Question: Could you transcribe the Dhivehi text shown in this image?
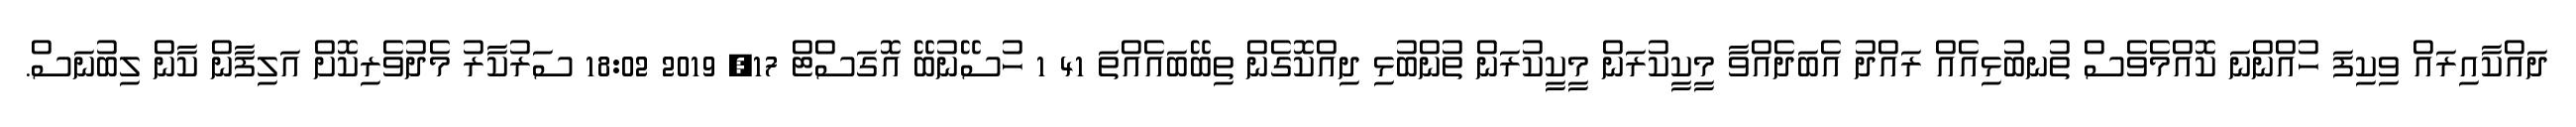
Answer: ދައްކާއިރައް ވިކިފަ ހުއްންނަ ކޮއްމެވެސް ތުނބުޅިއެއް ރައްދު އެބަދެއްވާ މީކީކުރަން މީކީކުރަން ތުންބުޅި ދިއްކޮގެން ތިބޭބައެއްތަ 41 1 ހުސޭނުބޭ އޮގަސްޓް 17, 2019 18:02 ސަރުކާރު މެދުވެރިކޮށް އަލިފާން ކާން ލިބުނަސް.